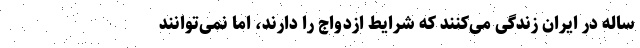
ساله در ایران زندگی می‌کنند که شرایط ازدواج را دارند، اما نمی‌توانند